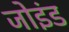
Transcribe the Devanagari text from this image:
जोइंड